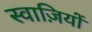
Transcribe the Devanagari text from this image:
स्वाज़ियों